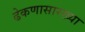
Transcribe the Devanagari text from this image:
ढेकणासारख्या